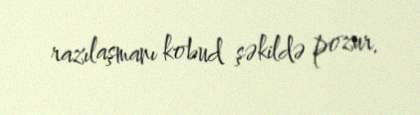
razılaşmanı kobud şəkildə pozur.